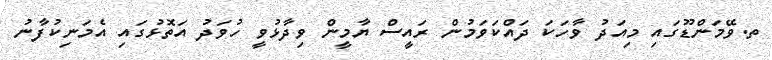
ތ.ވޭމަންޑޫގައި މިއަދު ވާހަކަ ދައްކަވަމުން ރައީސް ޔާމީން ވިދާޅުވީ ހުވަދު އަތޮޅުގައި އެމަނިކުފާނު